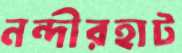
নন্দীরহাট